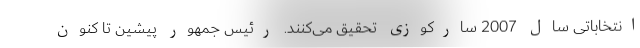
انتخاباتی سال 2007 سارکوزی تحقیق می‌کنند. رئیس جمهور پیشین تا کنون